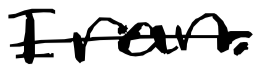
Text: Iran.
Cross-out: single-line
Writing tool: digital_black